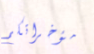
مؤخراتكم